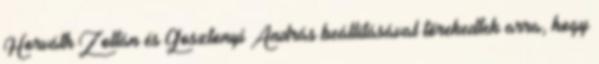
Horváth Zoltán és Gosztonyi András beállításával törekedtek arra, hogy